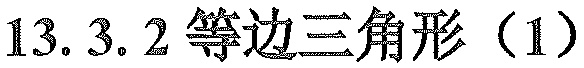
13.3.2等边三角形（1）